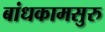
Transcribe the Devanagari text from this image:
बांधकामसुरु